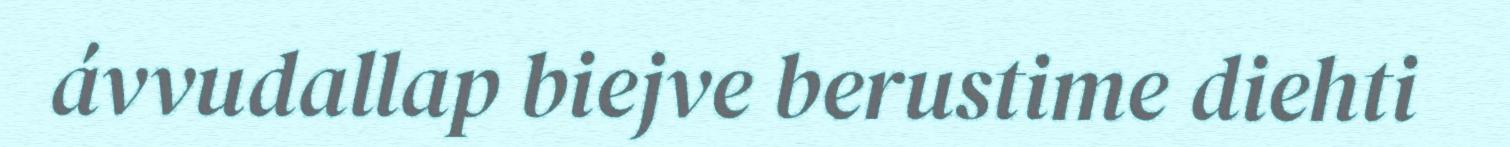
ávvudallap biejve berustime diehti